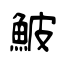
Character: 鮍